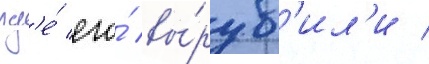
гд'е́ его́ вы́руб'ил'и /